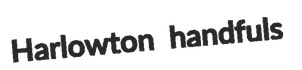
Harlowton handfuls